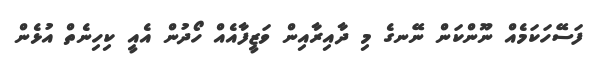
ފަސޭހަކަމެއް ނޫންކަން ނޭނގެ މި ދާއިރާއިން ވަޒީފާއެއް ހޯދުން އެއީ ކިހިނެތް އުޅެން